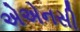
એએનસી